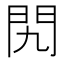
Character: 𨳊